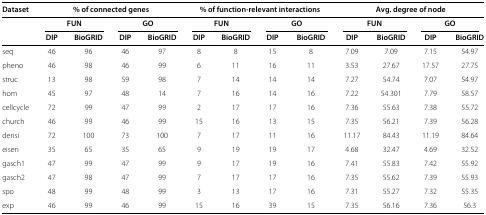
<table><thead><tr><td><b>Dataset</b></td><td colspan="4"><b>% of connected genes</b></td><td colspan="4"><b>% of function-relevant interactions</b></td><td colspan="4"><b>Avg. degree of node</b></td></tr><tr><td><b> </b></td><td colspan="2"><b>FUN</b></td><td colspan="2"><b>GO</b></td><td colspan="2"><b>FUN</b></td><td colspan="2"><b>GO</b></td><td colspan="2"><b>FUN</b></td><td colspan="2"><b>GO</b></td></tr><tr><td><b> </b></td><td><b>DIP</b></td><td><b>BioGRID</b></td><td><b>DIP</b></td><td><b>BioGRID</b></td><td><b>DIP</b></td><td><b>BioGRID</b></td><td><b>DIP</b></td><td><b>BioGRID</b></td><td><b>DIP</b></td><td><b>BioGRID</b></td><td><b>DIP</b></td><td><b>BioGRID</b></td></tr></thead><tbody><tr><td>seq</td><td>46</td><td>96</td><td>46</td><td>97</td><td>8</td><td>8</td><td>15</td><td>8</td><td>7.09</td><td>7.09</td><td>7.15</td><td>54.97</td></tr><tr><td>pheno</td><td>46</td><td>98</td><td>46</td><td>99</td><td>6</td><td>11</td><td>16</td><td>11</td><td>3.53</td><td>27.67</td><td>17.57</td><td>27.75</td></tr><tr><td>struc</td><td>13</td><td>98</td><td>59</td><td>98</td><td>7</td><td>14</td><td>14</td><td>14</td><td>7.27</td><td>54.74</td><td>7.07</td><td>54.97</td></tr><tr><td>hom</td><td>45</td><td>97</td><td>48</td><td>14</td><td>7</td><td>16</td><td>14</td><td>16</td><td>7.22</td><td>54.301</td><td>7.79</td><td>58.57</td></tr><tr><td>cellcycle</td><td>72</td><td>99</td><td>47</td><td>99</td><td>2</td><td>17</td><td>17</td><td>16</td><td>7.36</td><td>55.63</td><td>7.38</td><td>55.72</td></tr><tr><td>church</td><td>46</td><td>99</td><td>46</td><td>99</td><td>15</td><td>16</td><td>13</td><td>15</td><td>7.35</td><td>56.21</td><td>7.39</td><td>56.28</td></tr><tr><td>derisi</td><td>72</td><td>100</td><td>73</td><td>100</td><td>7</td><td>17</td><td>11</td><td>16</td><td>11.17</td><td>84.43</td><td>11.19</td><td>84.64</td></tr><tr><td>eisen</td><td>35</td><td>65</td><td>35</td><td>65</td><td>9</td><td>19</td><td>19</td><td>17</td><td>4.68</td><td>32.47</td><td>4.69</td><td>32.52</td></tr><tr><td>gasch1</td><td>47</td><td>99</td><td>47</td><td>99</td><td>9</td><td>17</td><td>19</td><td>16</td><td>7.41</td><td>55.83</td><td>7.42</td><td>55.92</td></tr><tr><td>gasch2</td><td>47</td><td>98</td><td>47</td><td>99</td><td>7</td><td>17</td><td>17</td><td>16</td><td>7.35</td><td>55.62</td><td>7.39</td><td>55.93</td></tr><tr><td>spo</td><td>48</td><td>99</td><td>48</td><td>99</td><td>3</td><td>13</td><td>17</td><td>16</td><td>7.31</td><td>55.27</td><td>7.32</td><td>55.35</td></tr><tr><td>exp</td><td>46</td><td>99</td><td>46</td><td>99</td><td>15</td><td>16</td><td>39</td><td>15</td><td>7.35</td><td>56.16</td><td>7.36</td><td>56.3</td></tr></tbody></table>